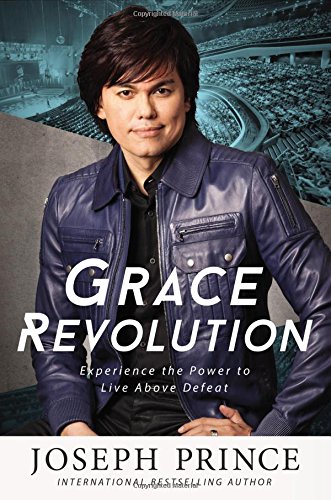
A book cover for Grace Revolution: Experience the Power to Live Above Defeat; Joseph Prince; Christian Books & Bibles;